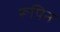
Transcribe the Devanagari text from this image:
रूपिन